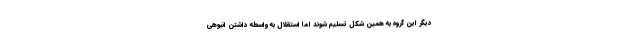
دیگر این گروه به همین شکل تسلیم شوند اما استقلال به واسطه داشتن انبوهی